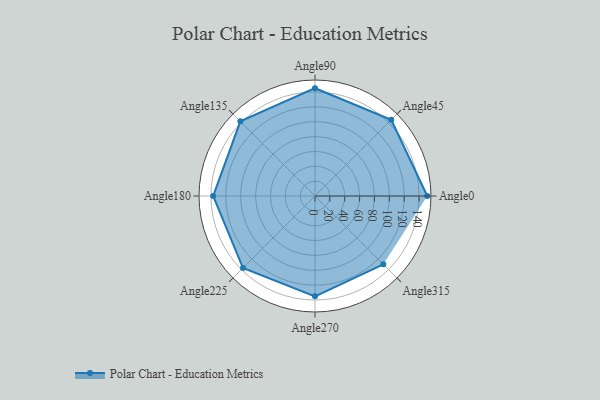
{"axis": {"x": "Angle", "y": "Radius"}, "legend": [""], "data": [{"x": "Angle0", "y": 151.0, "type": ""}, {"x": "Angle45", "y": 145.0, "type": ""}, {"x": "Angle90", "y": 145.0, "type": ""}, {"x": "Angle135", "y": 142.0, "type": ""}, {"x": "Angle180", "y": 137.0, "type": ""}, {"x": "Angle225", "y": 137.0, "type": ""}, {"x": "Angle270", "y": 135.0, "type": ""}, {"x": "Angle315", "y": 130.0, "type": ""}]}